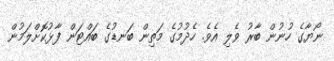
ނޯޔާގެ ހުނުން ބާރު ވެލި އެވެ. ހެދުމުގެ މަތިން ބަނޑުގެ ބައްޓަން ފާޅުކޮށްލަމުން